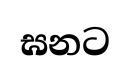
ඝනට